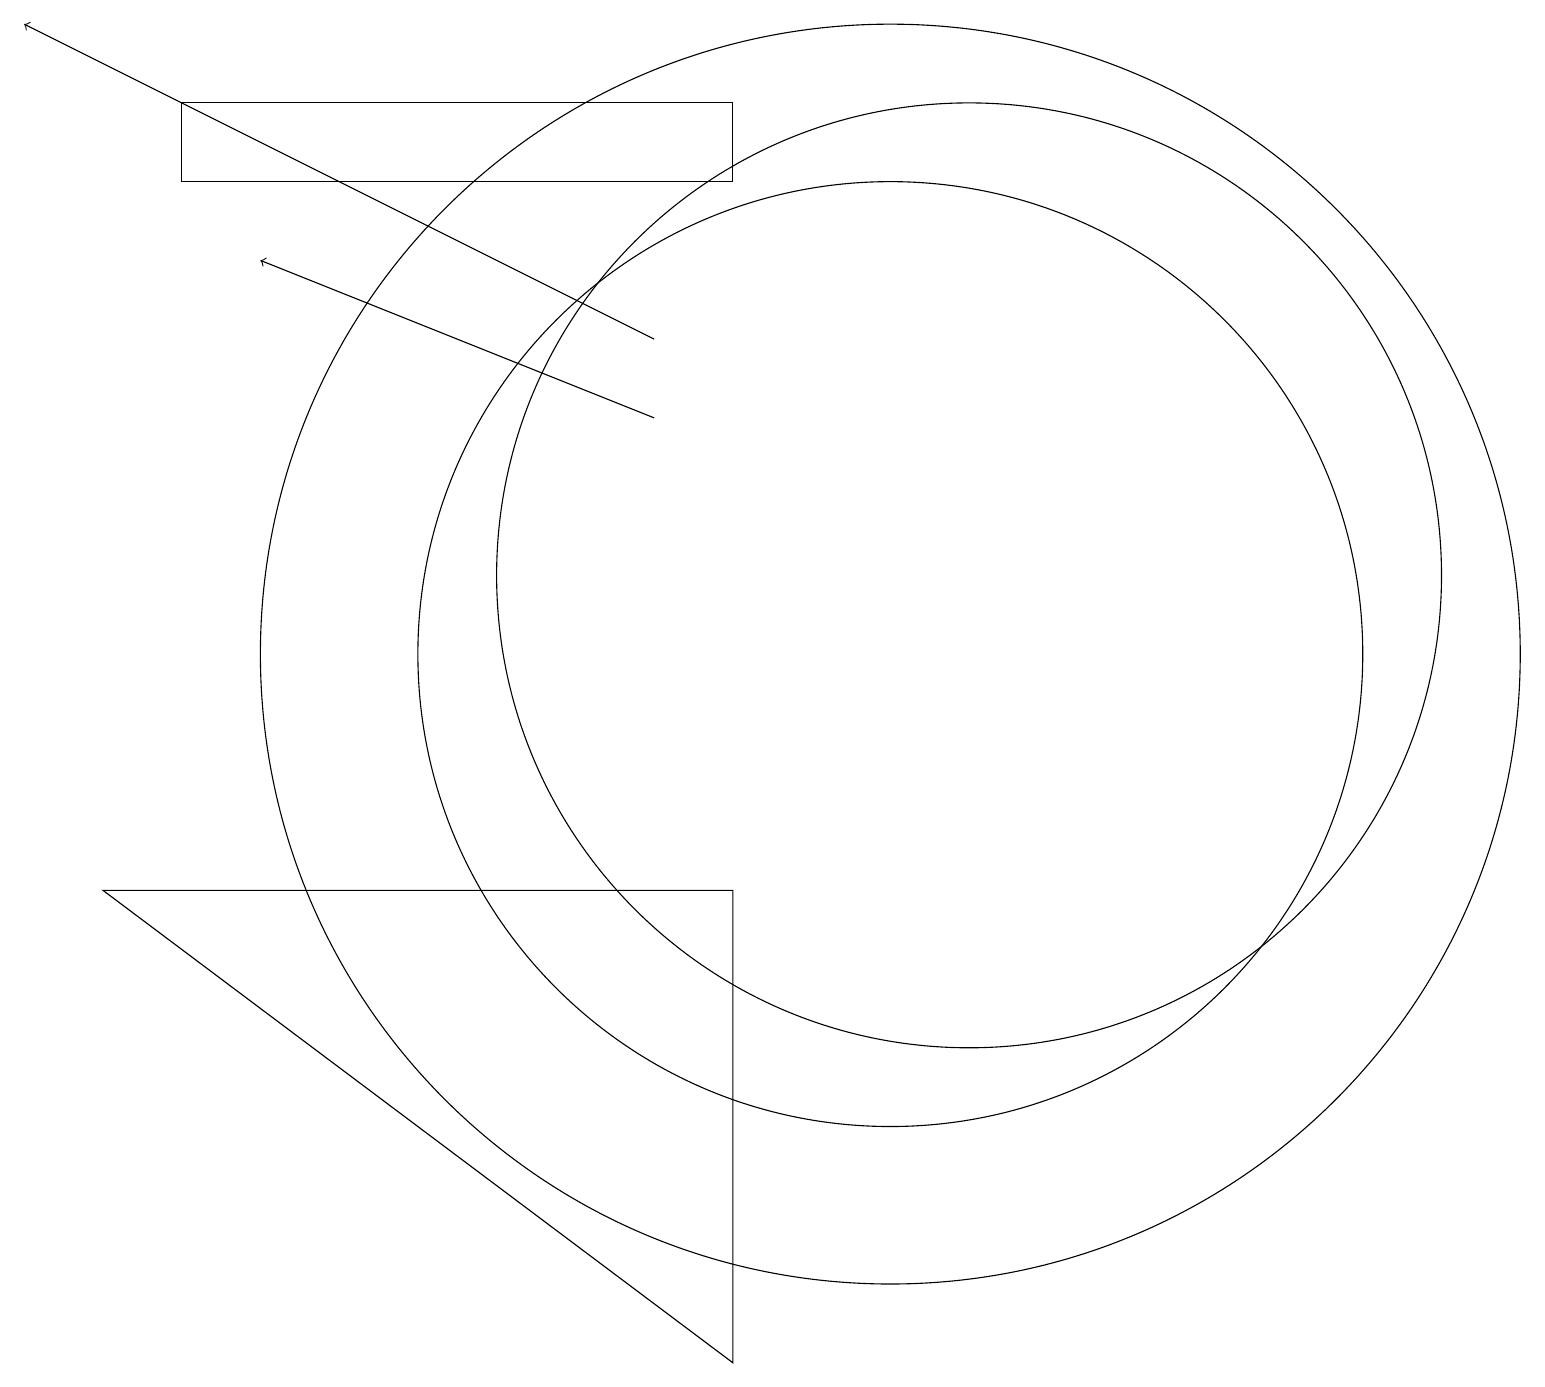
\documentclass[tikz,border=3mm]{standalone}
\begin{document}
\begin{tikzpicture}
\draw (9,17) rectangle (2,16);
\draw (11,10) circle (6);
\draw[->] (8,14) -- (0,18);
\draw (12,11) circle (6);
\draw (11,10) circle (8);
\draw (1,7) -- (9,1) -- (9,7) -- cycle;
\draw[->] (8,13) -- (3,15);
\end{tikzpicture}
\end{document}